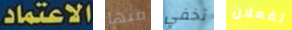
الاعتماد. منها تخفي تفعلان